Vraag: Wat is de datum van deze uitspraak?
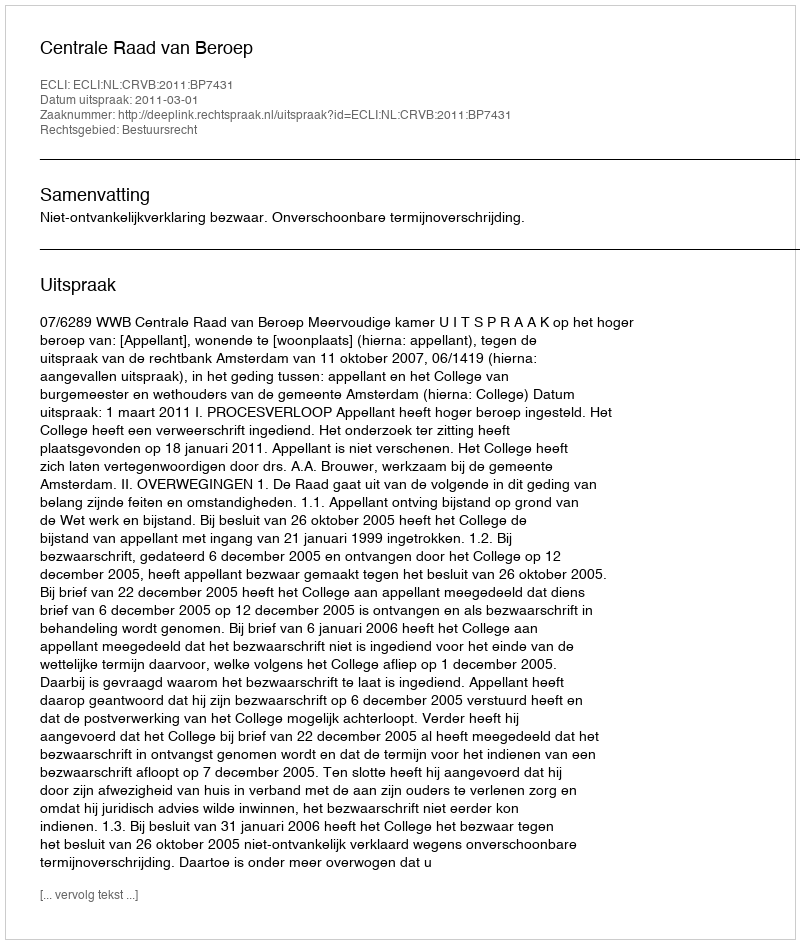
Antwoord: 2011-03-01